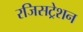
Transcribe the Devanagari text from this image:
रजिसट्रेशन